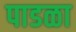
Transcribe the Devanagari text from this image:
पाडळा